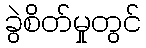
ခွဲစိတ်မှုတွင်